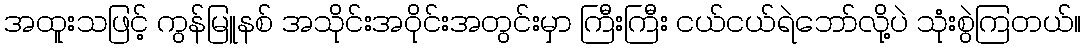
အထူးသဖြင့် ကွန်မြူနစ် အသိုင်းအဝိုင်းအတွင်းမှာ ကြီးကြီး ငယ်ငယ်ရဲဘော်လို့ပဲ သုံးစွဲကြတယ်။